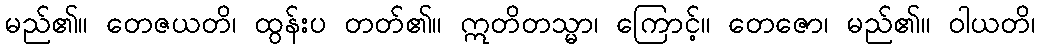
မည်၏။ တေဇယတိ၊ ထွန်းပ တတ်၏။ ဣတိတသ္မာ၊ ကြောင့်။ တေဇော၊ မည်၏။ ဝါယတိ၊